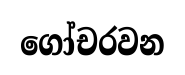
ගෝචරවන